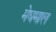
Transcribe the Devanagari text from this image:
मेघमाल